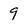
Character: 9